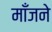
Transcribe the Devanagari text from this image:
माँजने